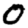
Digit: 0